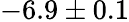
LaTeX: -6.9\pm 0.1